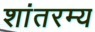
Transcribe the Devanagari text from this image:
शांतरम्य